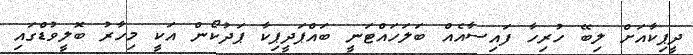
ދީޕިކާއަށް ލިބޭ ހުރިހާ ފައިސާއެއް ބަލަހައްޓަނީ ބައްޕަދީޕިކާ ޕަދުކޯން އަކީ މިހާރު ބޮލީވުޑްގައި